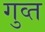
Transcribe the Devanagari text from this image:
गुव्त